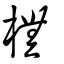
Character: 橅